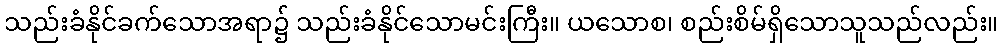
သည်းခံနိုင်ခက်သောအရာ၌ သည်းခံနိုင်သောမင်းကြီး။ ယသောစ၊ စည်းစိမ်ရှိသောသူသည်လည်း။